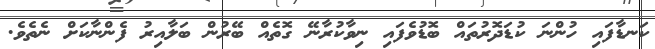
ކަނޑާފައި ހުންނަ ކުޑަދޮރުތައް ބޮޑުވެފައި ނިވާކުރާނޭ ގޮތެއް ބޭރުން ބަލާއިރު ފެންނާކަށް ނެތެވެ.